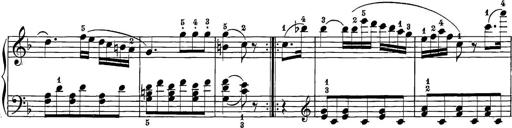
Title: 12 Sonatine per Pianoforte
Composer: Friedrich Kuhlau